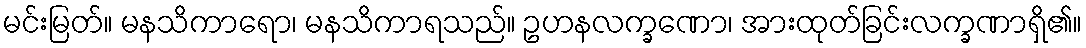
မင်းမြတ်။ မနသိကာရော၊ မနသိကာရသည်။ ဥဟနလက္ခဏော၊ အားထုတ်ခြင်းလက္ခဏာရှိ၏။